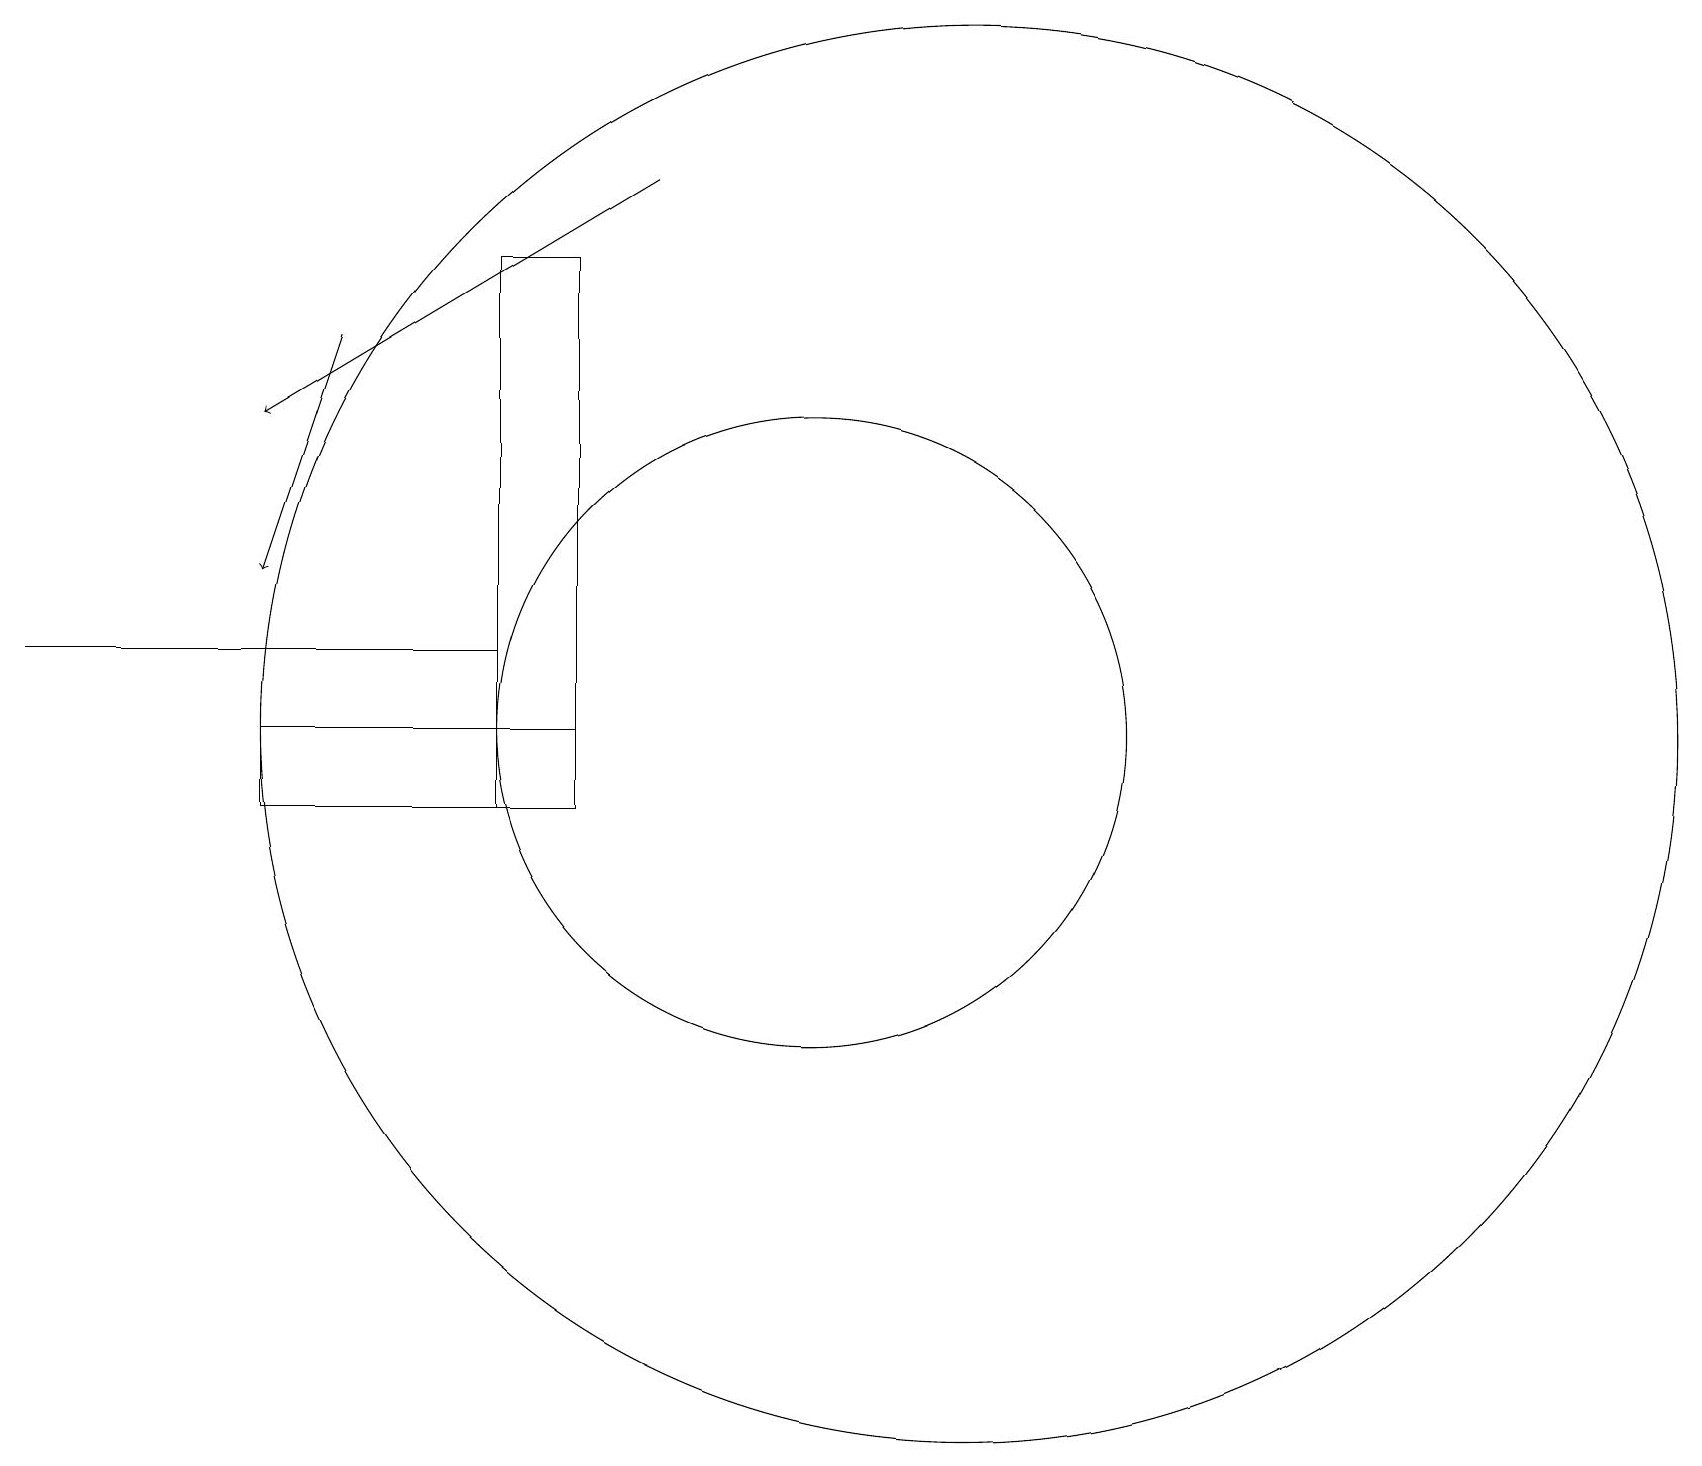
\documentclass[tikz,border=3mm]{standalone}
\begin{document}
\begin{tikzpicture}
\draw (10,12) circle (4);
\draw[->] (8,19) -- (3,16);
\draw[->] (4,17) -- (3,14);
\draw (6,13) rectangle (0,13);
\draw (6,18) rectangle (7,11);
\draw (3,11) rectangle (7,12);
\draw (12,12) circle (9);
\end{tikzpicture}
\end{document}